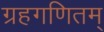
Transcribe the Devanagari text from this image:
ग्रहगणितम्